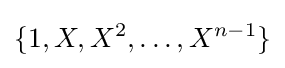
\{1,X,X^{2},\ldots ,X^{n-1}\}